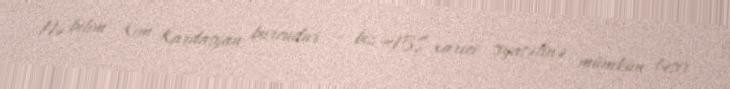
Nə bilim, Kim Kardaşyan burcudur – biz ABŞ xarici siyasətinə mümkün təsir